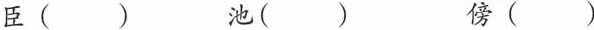
臣()池() 傍()